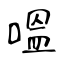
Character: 嗢